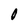
Character: O